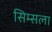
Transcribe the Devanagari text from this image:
सिम्सला